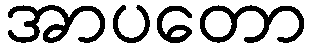
အာပတော